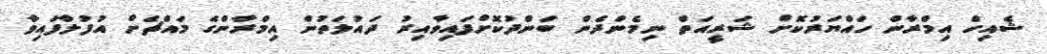
ޝެއިހް އިމްރާން ހައްޔަރުކޮށް ޝަރީއަތް ނިމެންދެން ބަންދުކޮށްފައިވާއިރު ދައުލަތުން އިމްރާންގެ މައްޗަށް އުފުލާފައިވާ